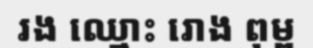
រង ឈ្មោះ រោង ពុម្ព